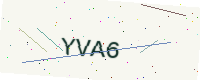
Text: YVA6